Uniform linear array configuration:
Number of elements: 12
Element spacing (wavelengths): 0.5
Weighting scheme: binomial
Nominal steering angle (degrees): -30
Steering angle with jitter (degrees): -31.321
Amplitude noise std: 0.05
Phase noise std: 0.05

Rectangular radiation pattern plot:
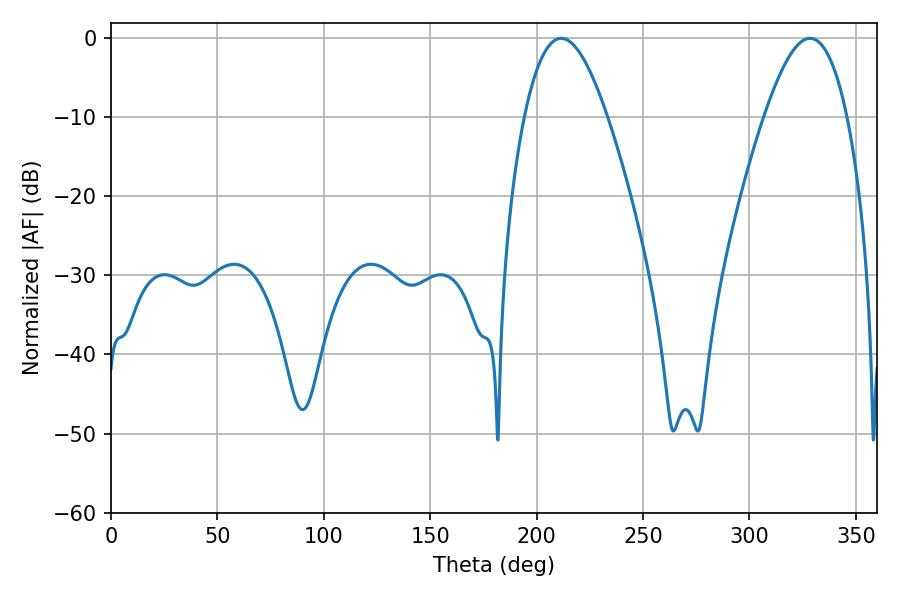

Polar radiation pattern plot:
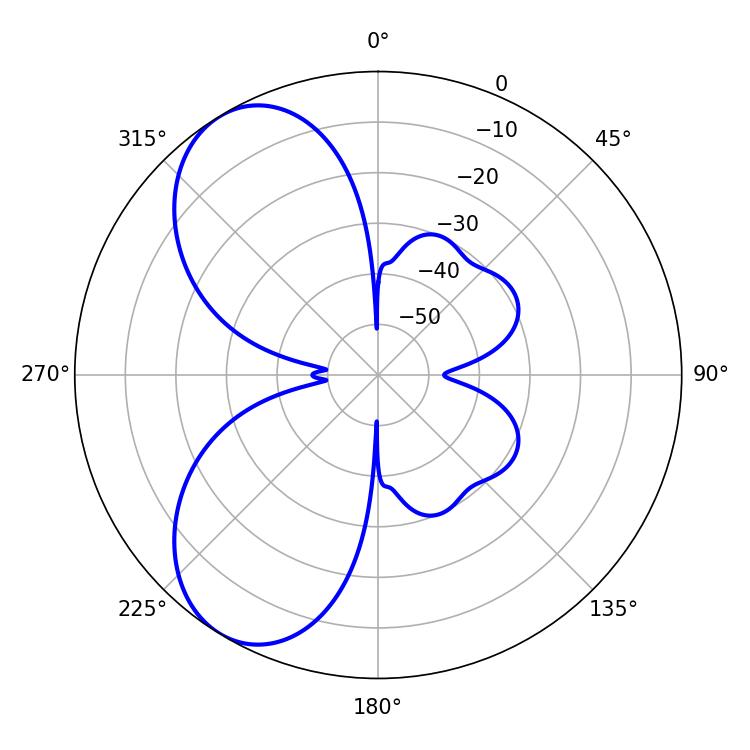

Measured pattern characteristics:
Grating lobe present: FALSE
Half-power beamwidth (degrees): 21.24
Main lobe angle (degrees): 211.5